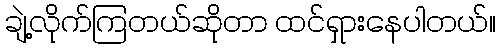
ချဲ့လိုက်ကြတယ်ဆိုတာ ထင်ရှားနေပါတယ်။